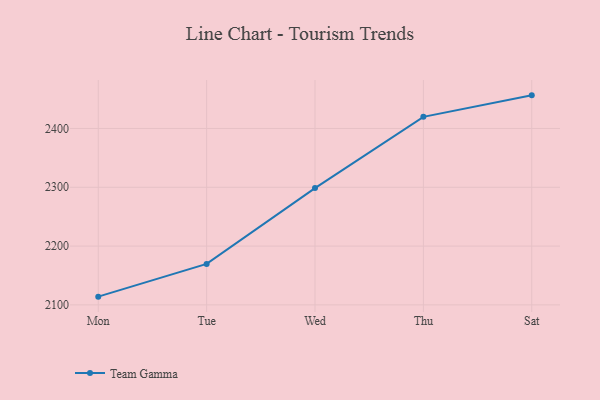
{"axis": {"x": "Day", "y": "Revenue (USD Million)"}, "legend": ["Team Gamma"], "data": [{"x": "Mon", "y": 2114.0, "type": "Team Gamma"}, {"x": "Tue", "y": 2169.7, "type": "Team Gamma"}, {"x": "Wed", "y": 2298.6, "type": "Team Gamma"}, {"x": "Thu", "y": 2419.7, "type": "Team Gamma"}, {"x": "Sat", "y": 2456.3, "type": "Team Gamma"}]}